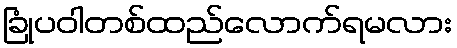
ခြုံပဝါတစ်ထည်လောက်ရမလား